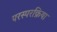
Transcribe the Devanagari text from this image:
परस्परक्रिया